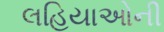
લહિયાઓની